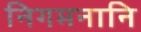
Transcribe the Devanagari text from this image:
निगमनानि